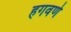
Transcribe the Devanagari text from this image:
हगवणे